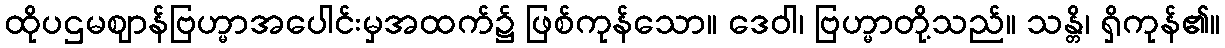
ထိုပဌမဈာန်ဗြဟ္မာအပေါင်းမှအထက်၌ ဖြစ်ကုန်သော။ ဒေဝါ၊ ဗြဟ္မာတို့သည်။ သန္တိ၊ ရှိကုန်၏။